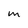
Character: M